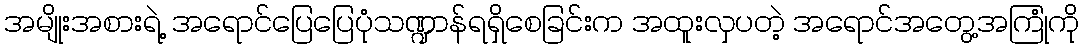
အမျိုးအစားရဲ့ အရောင်ပြေပြေပုံသဏ္ဍာန်ရရှိစေခြင်းက အထူးလှပတဲ့ အရောင်အတွေ့အကြုံကို